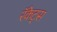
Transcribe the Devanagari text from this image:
रॅकेट्स